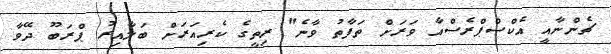
ޗެންނާއީ އެކްސްޕްރެސްއާ ވަރަށް ތަފާތު ވާނެ" ރިތީގެ ކެރިއަރަށް ބަލާއިރު ޕްރަބޫ ދޭވާ